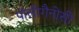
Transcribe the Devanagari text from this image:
पॉलीगैनोसी